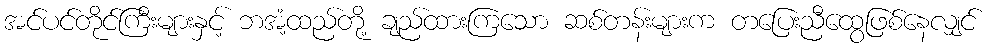
အင်ပင်တိုင်ကြီးများနှင့် ဘအံ့ထည်တို့ ချည်ထားကြသော ဆစ်တန်းများက တပြေးညီထွေဖြစ်နေလျှင်